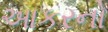
આકરનો